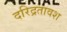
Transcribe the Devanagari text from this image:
दरिद्रतावश